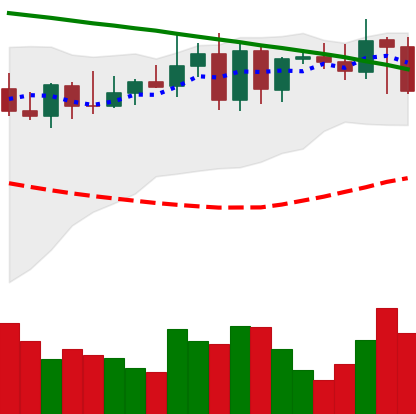
Ticker: XMR-USD
Chart end date: 2022-08-18
Forward return: -3.177%
Label: down_3_5